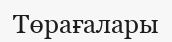
Төрағалары